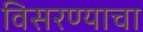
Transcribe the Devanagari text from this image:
विसरण्याचा